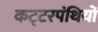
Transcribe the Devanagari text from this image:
कट्‍टरपंथियों